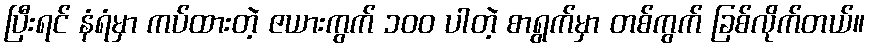
ပြီးရင် နံရံမှာ ကပ်ထားတဲ့ ဇယားကွက် ၁၀၀ ပါတဲ့ စာရွက်မှာ တစ်ကွက် ခြစ်လိုက်တယ်။